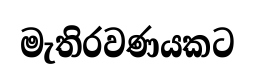
මැතිරවණයකට